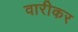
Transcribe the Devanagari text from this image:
वारीकर